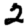
Digit: 2